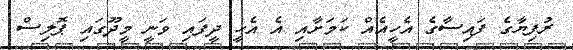
ރުފިޔާގެ ފައިސާގެ އެހީއެއް ކަމަށާއި އެ އެހީ ދީފައި ވަނީ މީދޫގައި ޕޮލިސް